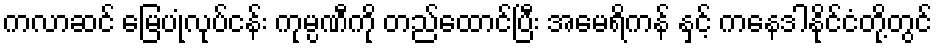
ကလာဆင် မြေပုံလုပ်ငန်း ကုမ္ပဏီကို တည်ထောင်ပြီး အမေရိကန် နှင့် ကနေဒါနိုင်ငံတို့တွင်